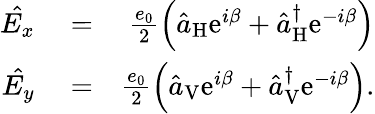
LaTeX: \begin{array}{rlr}{\hat{E_{x}}}&{{}=}&{\frac{e_{0}}{2}\left(\hat{a}_{\mathrm{H}}\mathrm{e}^{i\beta}+\hat{a}_{\mathrm{H}}^{\dagger}\mathrm{e}^{-i\beta}\right)}\\ {\hat{E_{y}}}&{{}=}&{\frac{e_{0}}{2}\left(\hat{a}_{\mathrm{V}}\mathrm{e}^{i\beta}+\hat{a}_{\mathrm{V}}^{\dagger}\mathrm{e}^{-i\beta}\right).}\end{array}